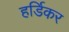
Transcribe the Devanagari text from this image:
हर्डिकर